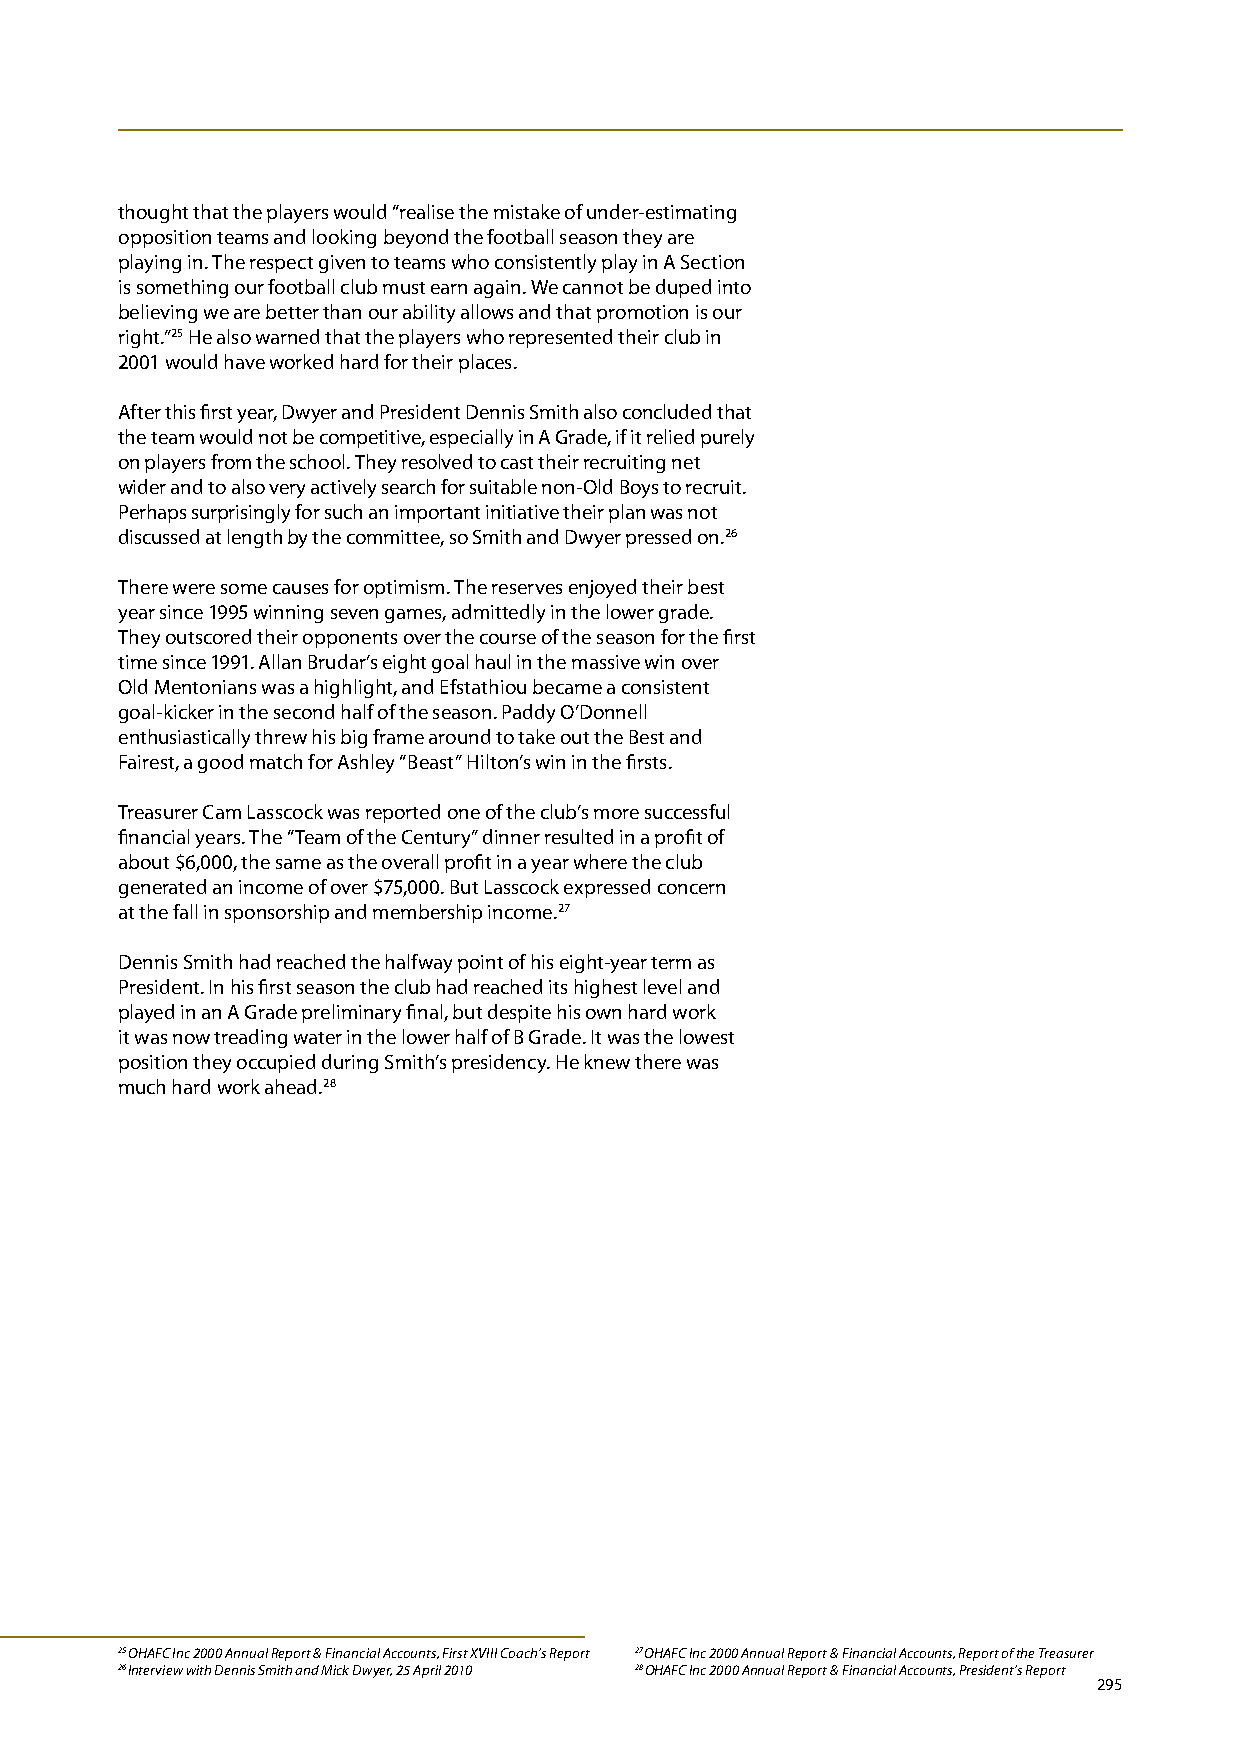
thought that the players would “realise the mistake of under-estimating
 opposition teams and looking beyond the football season they are
 playing in. The respect given to teams who consistently play in A Section
 is something our football club must earn again. We cannot be duped into
 believing we are better than our ability allows and that promotion is our
 right.”25 He also warned that the players who represented their club in
 2001 would have worked hard for their places.
 After this first year, Dwyer and President Dennis Smith also concluded that
 the team would not be competitive, especially in A Grade, if it relied purely
 on players from the school. They resolved to cast their recruiting net
 wider and to also very actively search for suitable non-Old Boys to recruit.
 Perhaps surprisingly for such an important initiative their plan was not
 discussed at length by the committee, so Smith and Dwyer pressed on.26
 There were some causes for optimism. The reserves enjoyed their best
 year since 1995 winning seven games, admittedly in the lower grade.
 They outscored their opponents over the course of the season for the first
 time since 1991. Allan Brudar’s eight goal haul in the massive win over
 Old Mentonians was a highlight, and Efstathiou became a consistent
 goal-kicker in the second half of the season. Paddy O’Donnell
 enthusiastically threw his big frame around to take out the Best and
 Fairest, a good match for Ashley “Beast” Hilton’s win in the firsts.
 Treasurer Cam Lasscock was reported one of the club’s more successful
 financial years. The “Team of the Century” dinner resulted in a profit of
 about $6,000, the same as the overall profit in a year where the club
 generated an income of over $75,000. But Lasscock expressed concern
 at the fall in sponsorship and membership income.27
 Dennis Smith had reached the halfway point of his eight-year term as
 President. In his first season the club had reached its highest level and
 played in an A Grade preliminary final, but despite his own hard work
 it was now treading water in the lower half of B Grade. It was the lowest
 position they occupied during Smith’s presidency. He knew there was
 much hard work ahead.28
 25 OHAFC Inc 2000 Annual Report & Financial Accounts, First XVIII Coach’s Report 27 OHAFC Inc 2000 Annual Report & Financial Accounts, Report of the Treasurer
 26 Interview with Dennis Smith and Mick Dwyer, 25 April 2010 28 OHAFC Inc 2000 Annual Report & Financial Accounts, President’s Report
 295